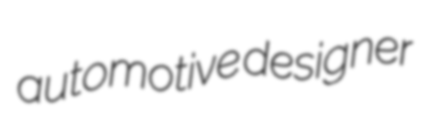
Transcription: automotive designer